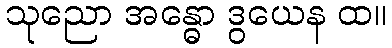
သုညော အန္ဓော ဒွယေန ထ။